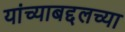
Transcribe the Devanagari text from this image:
यांच्याबद्दलच्या